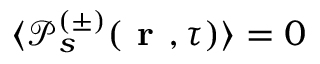
\langle \mathcal { P } _ { s } ^ { ( \pm ) } ( \textbf { r } , \tau ) \rangle = 0